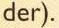
der).